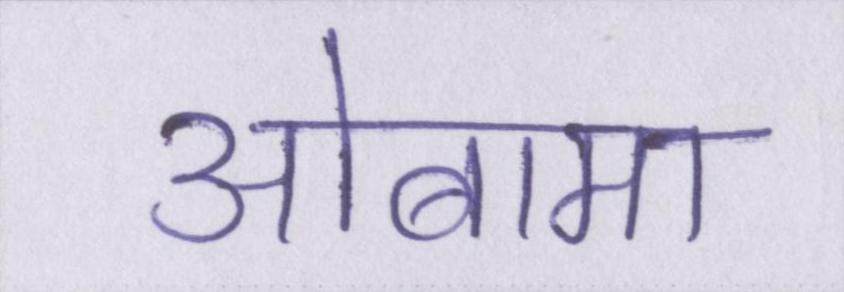
ओबामा